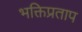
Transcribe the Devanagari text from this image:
भक्तिप्रताप